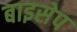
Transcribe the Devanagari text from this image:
बाइसेप